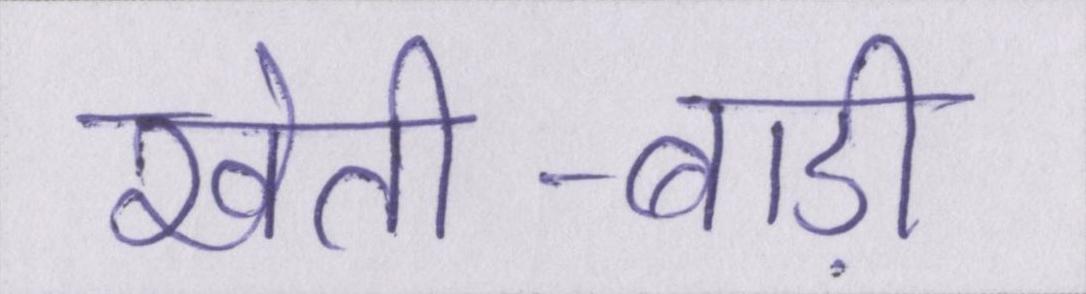
खेती-बाड़ी